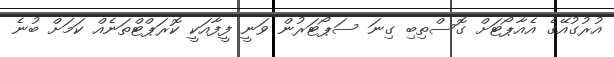
އުރުގުއޭގެ އެއާޕޯޓަށް ގޮސްތިބި ގިނަ ސަޕޯޓަރުން ވަނީ ފީފާއަކީ ކޮރަޕްޓްތަނެއް ކަމަށް ބުނެ